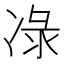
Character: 𭂕